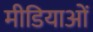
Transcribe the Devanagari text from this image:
मीडियाओं